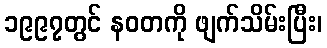
၁၉၉၇တွင် နဝတကို ဖျက်သိမ်းပြီး၊